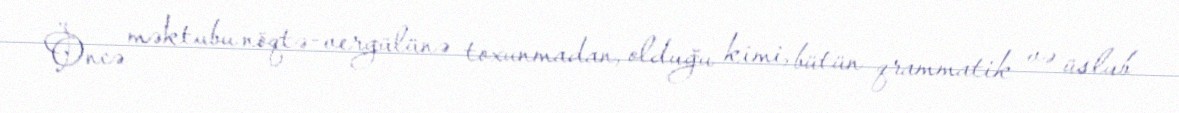
Öncə məktubu nöqtə-vergülünə toxunmadan, olduğu kimi, bütün qrammatik və üslub